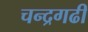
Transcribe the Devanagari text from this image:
चन्द्रगढी